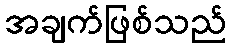
အချက်ဖြစ်သည်